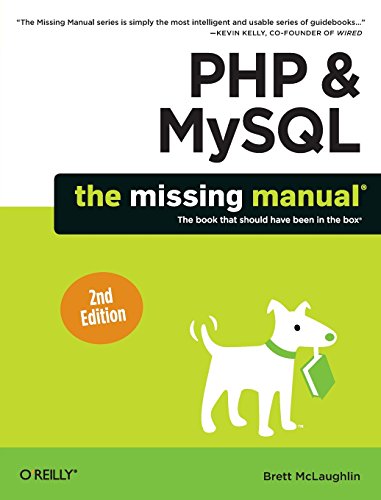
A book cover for PHP & MySQL: The Missing Manual; Brett McLaughlin; Computers & Technology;